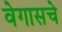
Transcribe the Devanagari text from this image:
वेगासचे